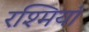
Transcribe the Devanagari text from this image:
रश्मियां